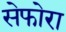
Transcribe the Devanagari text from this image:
सेफोरा